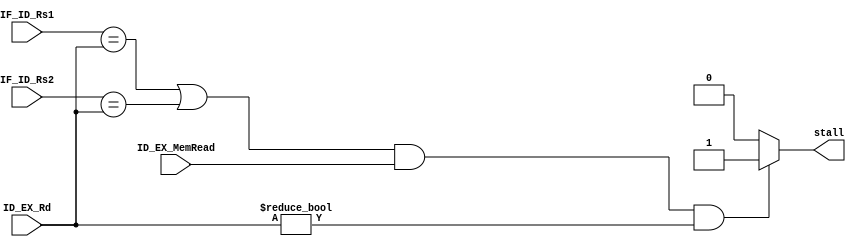
/*`ifndef HAZARDUNIT_V
`define HAZARDUNIT_V*/
/*******************************************************************
*
* Module: HazardUnit.v
* Project: Pipelined-RISC-V Processor
* Description: @inputs: IF_ID_Rs1, ID_ID_Rs2, ID_EX_Rd
                        ID_EX_MemRead
               @outputs: stall
               @importance: detecting lad-use hazards, and set stall = 1 if any exists
*
* Change history: No changes on the implementation done in the lab
*
**********************************************************************/

module HazardUnit(
    input [4:0] IF_ID_Rs1, IF_ID_Rs2, ID_EX_Rd, 
    input ID_EX_MemRead, 
    output reg stall
    );
    
    always@(*) begin
        if(((IF_ID_Rs1 == ID_EX_Rd) || (IF_ID_Rs2 == ID_EX_Rd)) && (ID_EX_MemRead) && (ID_EX_Rd != 0))
            stall = 1;
        else
            stall = 0;    
    end
endmodule
//`endif